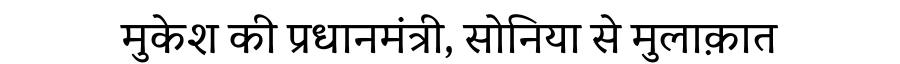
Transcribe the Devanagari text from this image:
मुकेश की प्रधानमंत्री, सोनिया से मुलाक़ात